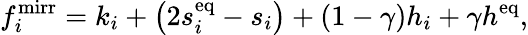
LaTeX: f_{i}^{\mathrm{mirr}}=k_{i}+\left(2s_{i}^{\mathrm{eq}}-s_{i}\right)+(1-\gamma)h_{i}+\gamma h^{\mathrm{eq}},